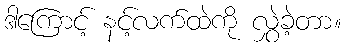
ဒါကြောင့် နင့်လက်ထဲကို လွှဲခဲ့တာ။